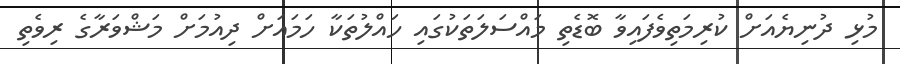
މުޅި ދުނިޔެއަށް ކުރިމަތިވެފައިވާ ބޮޑެތި މައްސަލަތަކުގައި ހައްލުތަކާ ހަމައަށް ދިއުމަށް މަޝްވަރާގެ ރިވެތި